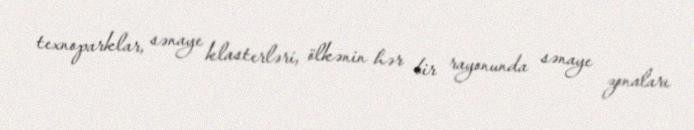
texnoparklar, sənaye klasterləri, ölkənin hər bir rayonunda sənaye zonaları